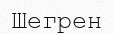
Шегрен